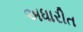
અધારીત